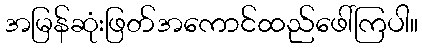
အမြန်ဆုံးဖြတ်အကောင်ထည်ဖေါ်ကြပါ။